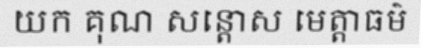
យក គុណ សន្តោស មេត្តាធម៌